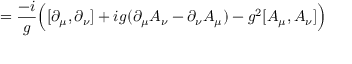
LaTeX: = { \frac { - i } { g } } { \Big ( } [ \partial _ { \mu } , \partial _ { \nu } ] + i g ( \partial _ { \mu } A _ { \nu } - \partial _ { \nu } A _ { \mu } ) - g ^ { 2 } [ A _ { \mu } , A _ { \nu } ] { \Big ) }